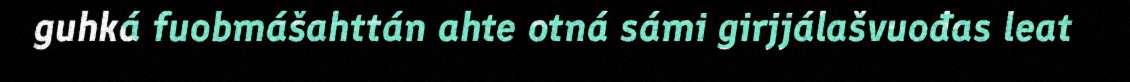
guhká fuobmášahttán ahte otná sámi girjjálašvuođas leat